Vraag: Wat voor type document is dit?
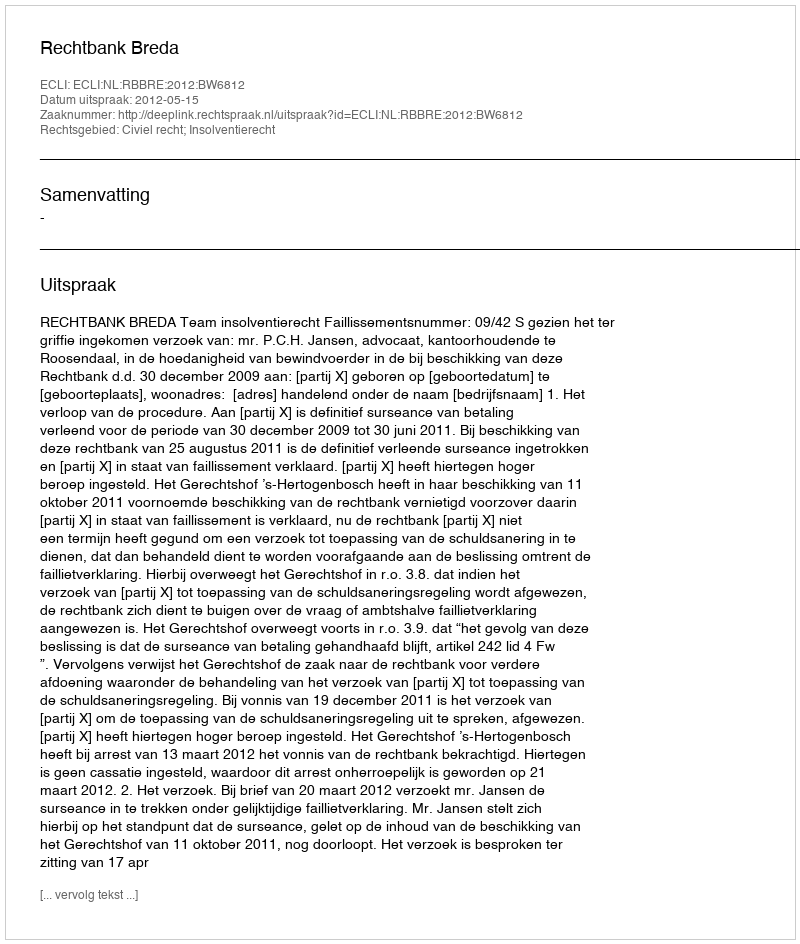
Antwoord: Uitspraak